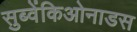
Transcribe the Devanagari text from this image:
सुब्वेंकिओनाडस